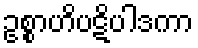
ဥစ္စာဟိပဋိပါဒကာ